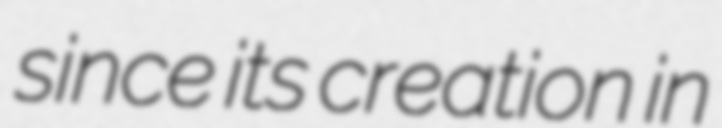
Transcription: since its creation in